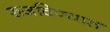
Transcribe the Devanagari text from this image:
रूजविण्यात